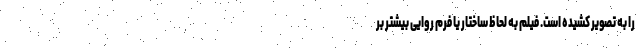
را به تصویر کشیده است. فیلم به لحاظ ساختار یا فرم روایی بیشتر بر